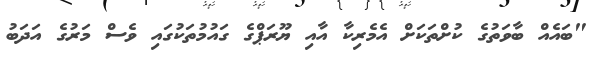
"ބައެއް ބާވަތުގެ ކުށްތަކަށް އެމެރިކާ އާއި ޔޫރަޕްގެ ގައުމުތަކުގައި ވެސް މަރުގެ އަދަބު